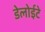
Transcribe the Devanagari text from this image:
डेलोईटे